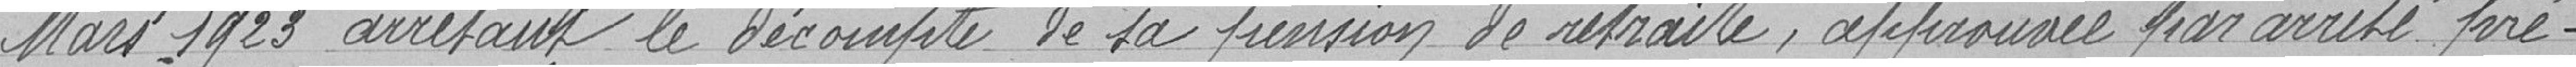
Mars 1923 arrêtant le décompte de sa pension de retraite, approuvée par arrêté pré-